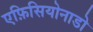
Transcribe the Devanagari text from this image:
एफ़िसियोनाडो